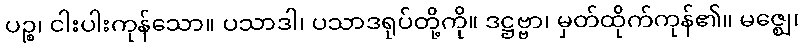
ပဉ္စ၊ ငါးပါးကုန်သော။ ပသာဒါ၊ ပသာဒရုပ်တို့ကို။ ဒဋ္ဌဗ္ဗာ၊ မှတ်ထိုက်ကုန်၏။ မဇ္ဈေ၊